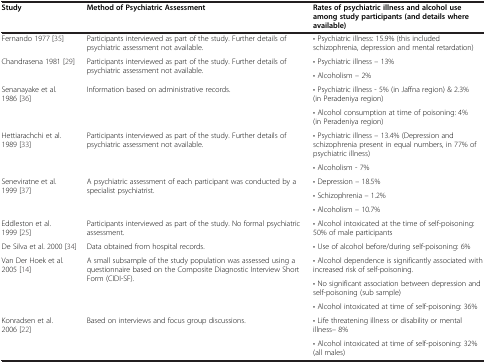
| Study | Method of Psychiatric Assessment | Rates of psychiatric illness and alcohol use among study participants (and details where available) |
 | --- | --- | --- |
 | Fernando 1977 [35] | Participants interviewed as part of the study. Further details of psychiatric assessment not available. | • Psychiatric illness: 15.9% (this included schizophrenia, depression and mental retardation) |
 | <ROWSPAN=2> Chandrasena 1981 [29] | <ROWSPAN=2> Participants interviewed as part of the study. Further details of psychiatric assessment not available. | • Psychiatric illness – 13% |
 | • Alcoholism – 2% |
 | <ROWSPAN=2> Senanayake et al. 1986 [36] | <ROWSPAN=2> Information based on administrative records. | • Psychiatric illness - 5% (in Jaffna region) & 2.3% (in Peradeniya region) |
 | • Alcohol consumption at time of poisoning: 4% (in Peradeniya region) |
 | <ROWSPAN=2> Hettiarachchi et al. 1989 [33] | <ROWSPAN=2> Participants interviewed as part of the study. Further details of psychiatric assessment not available. | • Psychiatric illness – 13.4% (Depression and schizophrenia present in equal numbers, in 77% of psychiatric illness) |
 | • Alcoholism - 7% |
 | <ROWSPAN=3> Seneviratne et al. 1999 [37] | <ROWSPAN=3> A psychiatric assessment of each participant was conducted by a specialist psychiatrist. | • Depression – 18.5% |
 | • Schizophrenia – 1.2% |
 | • Alcoholism – 10.7% |
 | Eddleston et al. 1999 [25] | Participants interviewed as part of the study. No formal psychiatric assessment. | • Alcohol intoxicated at the time of self-poisoning: 50% of male participants |
 | De Silva et al. 2000 [34] | Data obtained from hospital records. | • Use of alcohol before/during self-poisoning: 6% |
 | <ROWSPAN=3> Van Der Hoek et al. 2005 [14] | <ROWSPAN=3> A small subsample of the study population was assessed using a questionnaire based on the Composite Diagnostic Interview Short Form (CIDI-SF). | • Alcohol dependence is significantly associated with increased risk of self-poisoning. |
 | • No significant association between depression and self-poisoning (sub sample) |
 | • Alcohol intoxicated at time of self-poisoning: 36% |
 | <ROWSPAN=2> Konradsen et al. 2006 [22] | <ROWSPAN=2> Based on interviews and focus group discussions. | • Life threatening illness or disability or mental illness– 8% |
 | • Alcohol intoxicated at time of self-poisoning: 32% (all males) |